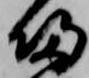
帰